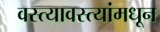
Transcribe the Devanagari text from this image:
वस्त्यावस्त्यांमधून